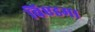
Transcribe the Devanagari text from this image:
विएडमा